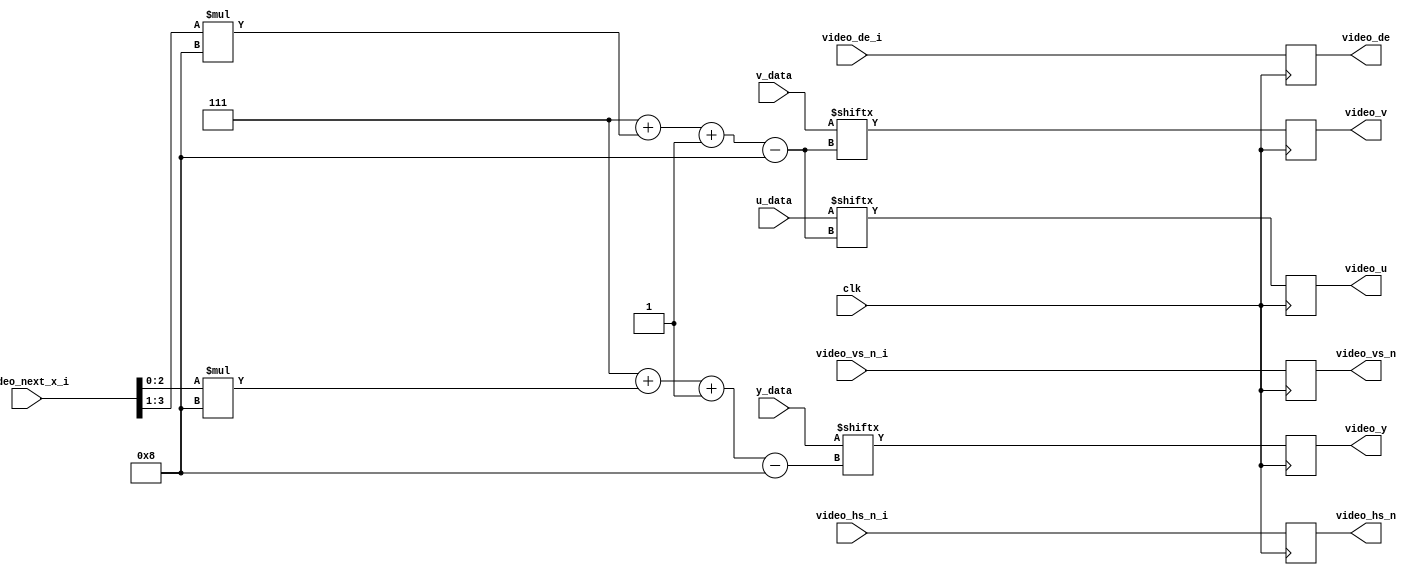
module video_output (
	input clk,
  	input video_de_i,
	input video_hs_n_i,
	input video_vs_n_i,
	input[10:0] video_next_x_i,
	input[63:0] y_data,
	input[63:0] u_data,
	input[63:0] v_data,
	output reg video_de,
	output reg video_hs_n,
	output reg video_vs_n,
	output reg [7:0] video_y,
	output reg [7:0] video_u,
	output reg [7:0] video_v
);


always @(posedge clk) begin
	video_y = y_data[7+video_next_x_i[2:0]*8-:8];
	video_u = u_data[7+video_next_x_i[3:1]*8-:8];
	video_v = v_data[7+video_next_x_i[3:1]*8-:8];
	video_de <= video_de_i;
	video_hs_n <= video_hs_n_i;
	video_vs_n <= video_vs_n_i;
end

endmodule